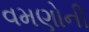
વમણોની